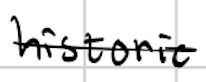
Text: historic
Cross-out: single-line
Writing tool: digital_black